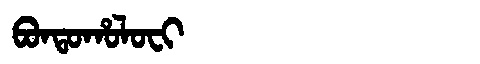
Manchu: ᠪᠣᠨᡨᠣᡥᠣᠯᠣᠸᡳ
Romanization: BONTOHOLOFI